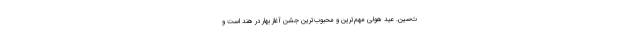
ت‌سین. عید هولی مهم‌ترین و محبوب‌ترین جشن آغاز بهار در هند است و